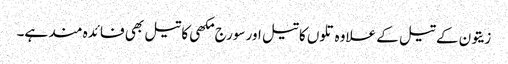
زیتون کے تیل کے علاوہ تلوں کا تیل اور سورج مکھی کا تیل بھی فائدہ مند ہے۔